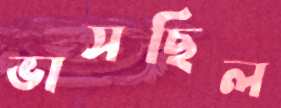
ভাসছিল